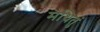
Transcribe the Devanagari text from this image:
मथितुं